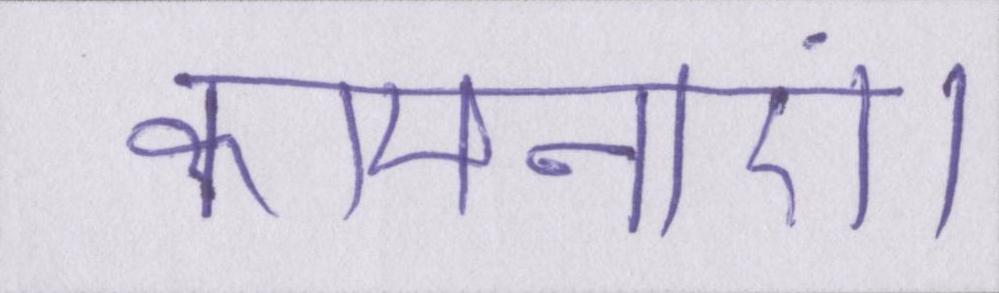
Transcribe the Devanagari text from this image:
कामनाएं।